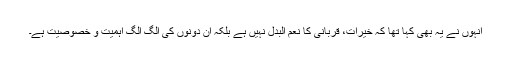
انہوں نے یہ بھی کہا تھا کہ خیرات، قربانی کا نعم البدل نہیں ہے بلکہ ان دونوں کی الگ الگ اہمیت و خصوصیت ہے۔